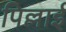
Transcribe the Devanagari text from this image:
पिल्लाई